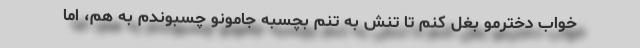
خواب دخترمو بغل کنم تا تنش به تنم بچسبه جامونو چسبوندم به هم، اما